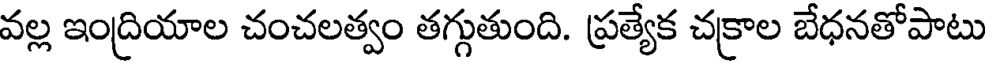
వల్ల ఇంద్రియాల చంచలత్వం తగ్గుతుంది. ప్రత్యేక చక్రాల బేధనతోపాటు